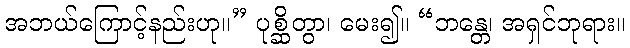
အဘယ်ကြောင့်နည်းဟု။” ပုစ္ဆိတွာ၊ မေး၍။ “ဘန္တေ၊ အရှင်ဘုရား။